Vaccine operations Central Provinces 1900-1911 - 1900-1911
Year: 1900
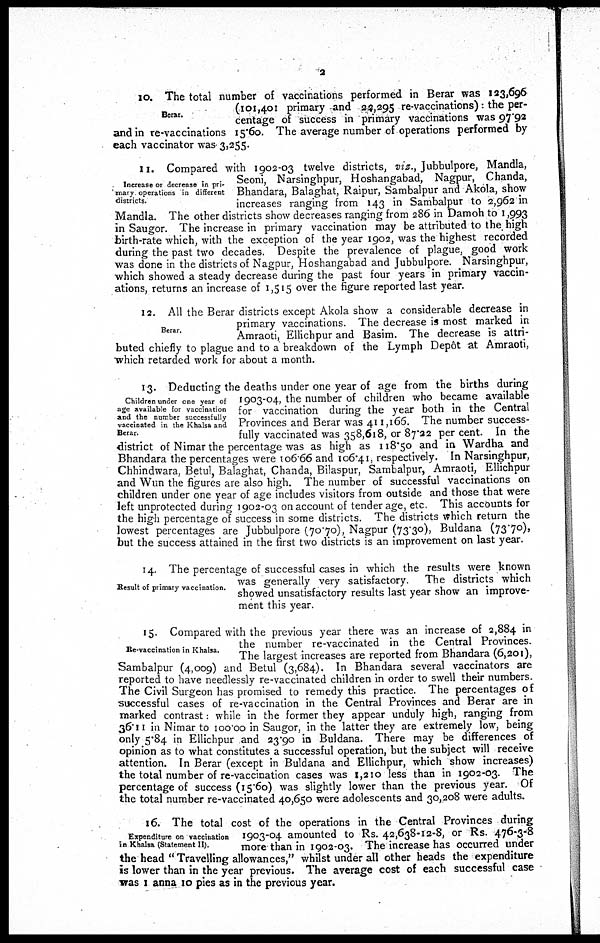
2
Berar.
10. The total number of vaccinations performed in Berar was 123,696
(101,401 primary and 22,295 re-vaccinations): the per-
centage of success in primary vaccinations was 97.92
and in re-vaccinations 15.60. The average number of operations performed by
each vaccinator was 3,255.
Increase or decrease in pri-
mary operations in different
districts.
11. Compared with 1902-03 twelve districts, viz., Jubbulpore, Mandla,
Seoni, Narsinghpur, Hoshangabad, Nagpur, Chanda,
Bhandara, Balaghat, Raipur, Sambalpur and Akola, show
increases ranging from 143 in Sambalpur to 2,962 in
Mandla. The other districts show decreases ranging from 286 in Damoh to 1,993
in Saugor. The increase in primary vaccination may be attributed to the high
birth-rate which, with the exception of the year 1902, was the highest recorded
during the past two decades. Despite the prevalence of plague, good work
was done in the districts of Nagpur, Hoshangabad and Jubbulpore. Narsinghpur,
which showed a steady decrease during the past four years in primary vaccin-
ations, returns an increase of 1,515 over the figure reported last year.
Berar.
12. All the Berar districts except Akola show a considerable decrease in
primary vaccinations. The decrease is most marked in
Amraoti, Ellichpur and Basim. The decrease is attri-
buted chiefly to plague and to a breakdown of the Lymph Depôt at Amraoti,
which retarded work for about a month.
Children under one year of
age available for vaccination
and the number successfully
vaccinated in the Khalsa and
Berar.
13. Deducting the deaths under one year of age from the births during
1903-04, the number of children who became available
for vaccination during the year both in the Central
Provinces and Berar was 411,166. The number success-
fully vaccinated was 358,618, or 87.22 per cent. In the
district of Nimar the percentage was as high as 118.50 and in Wardha and
Bhandara the percentages were 106.66 and 106.41, respectively. In Narsinghpur,
Chhindwara, Betul, Balaghat, Chanda, Bilaspur, Sambalpur, Amraoti, Ellichpur
and Wun the figures are also high. The number of successful vaccinations on
children under one year of age includes visitors from outside and those that were
left unprotected during 1902-03 on account of tender age, etc. This accounts for
the high percentage of success in some districts. The districts which return the
lowest percentages are Jubbulpore (70.70), Nagpur (73.30), Buldana (7370),
but the success attained in the first two districts is an improvement on last year.
Result of primary vaccination.
14. The percentage of successful cases in which the results were known
was generally very satisfactory. The districts which
showed unsatisfactory results last year show an improve-
ment this year.
Re-vaccination in Khalsa.
15. Compared with the previous year there was an increase of 2,884 in
the number re-vaccinated in the Central Provinces.
The largest increases are reported from Bhandara (6,201),
Sambalpur (4,009) and Betul (3,684). In Bhandara several vaccinators are
reported to have needlessly re-vaccinated children in order to swell their numbers.
The Civil Surgeon has promised to remedy this practice. The percentages of
successful cases of re-vaccination in the Central Provinces and Berar are in
marked contrast: while in the former they appear unduly high, ranging from
36.11 in Nimar to 100.00 in Saugor, in the latter they are extremely low, being
only 5.84 in Ellichpur and 23.90 in Buldana. There may be differences of
opinion as to what constitutes a successful operation, but the subject will receive
attention. In Berar (except in Buldana and Ellichpur, which show increases)
the total number of re-vaccination cases was 1,210 less than in 1902-03. The
percentage of success (15.60) was slightly lower than the previous year. Of
the total number re-vaccinated 40,650 were adolescents and 30,208 were adults.
Expenditure on vaccination
in Khalsa (Statement II).
16. The total cost of the operations in the Central Provinces during
1903-04 amounted to Rs. 42,638-12-8, or Rs. 476-3-8
more than in 1902-03. The increase has occurred under
the head " Travelling allowances," whilst under all other heads the expenditure
is lower than in the year previous. The average cost of each successful case
was 1 anna 10 pies as in the previous year.